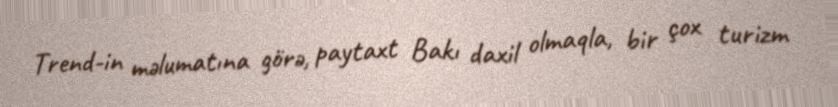
Trend-in məlumatına görə, paytaxt Bakı daxil olmaqla, bir çox turizm